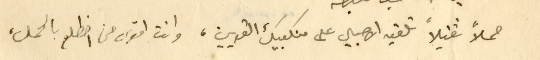
حملاً ثقيلاً تلقيه الاجيال على منكبيك القويين، وانت اقوى من اضطلع بالحمل،